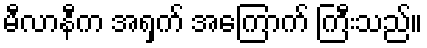
မီလာနီက အရှက် အကြောက် ကြီးသည်။